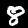
Digit: 8